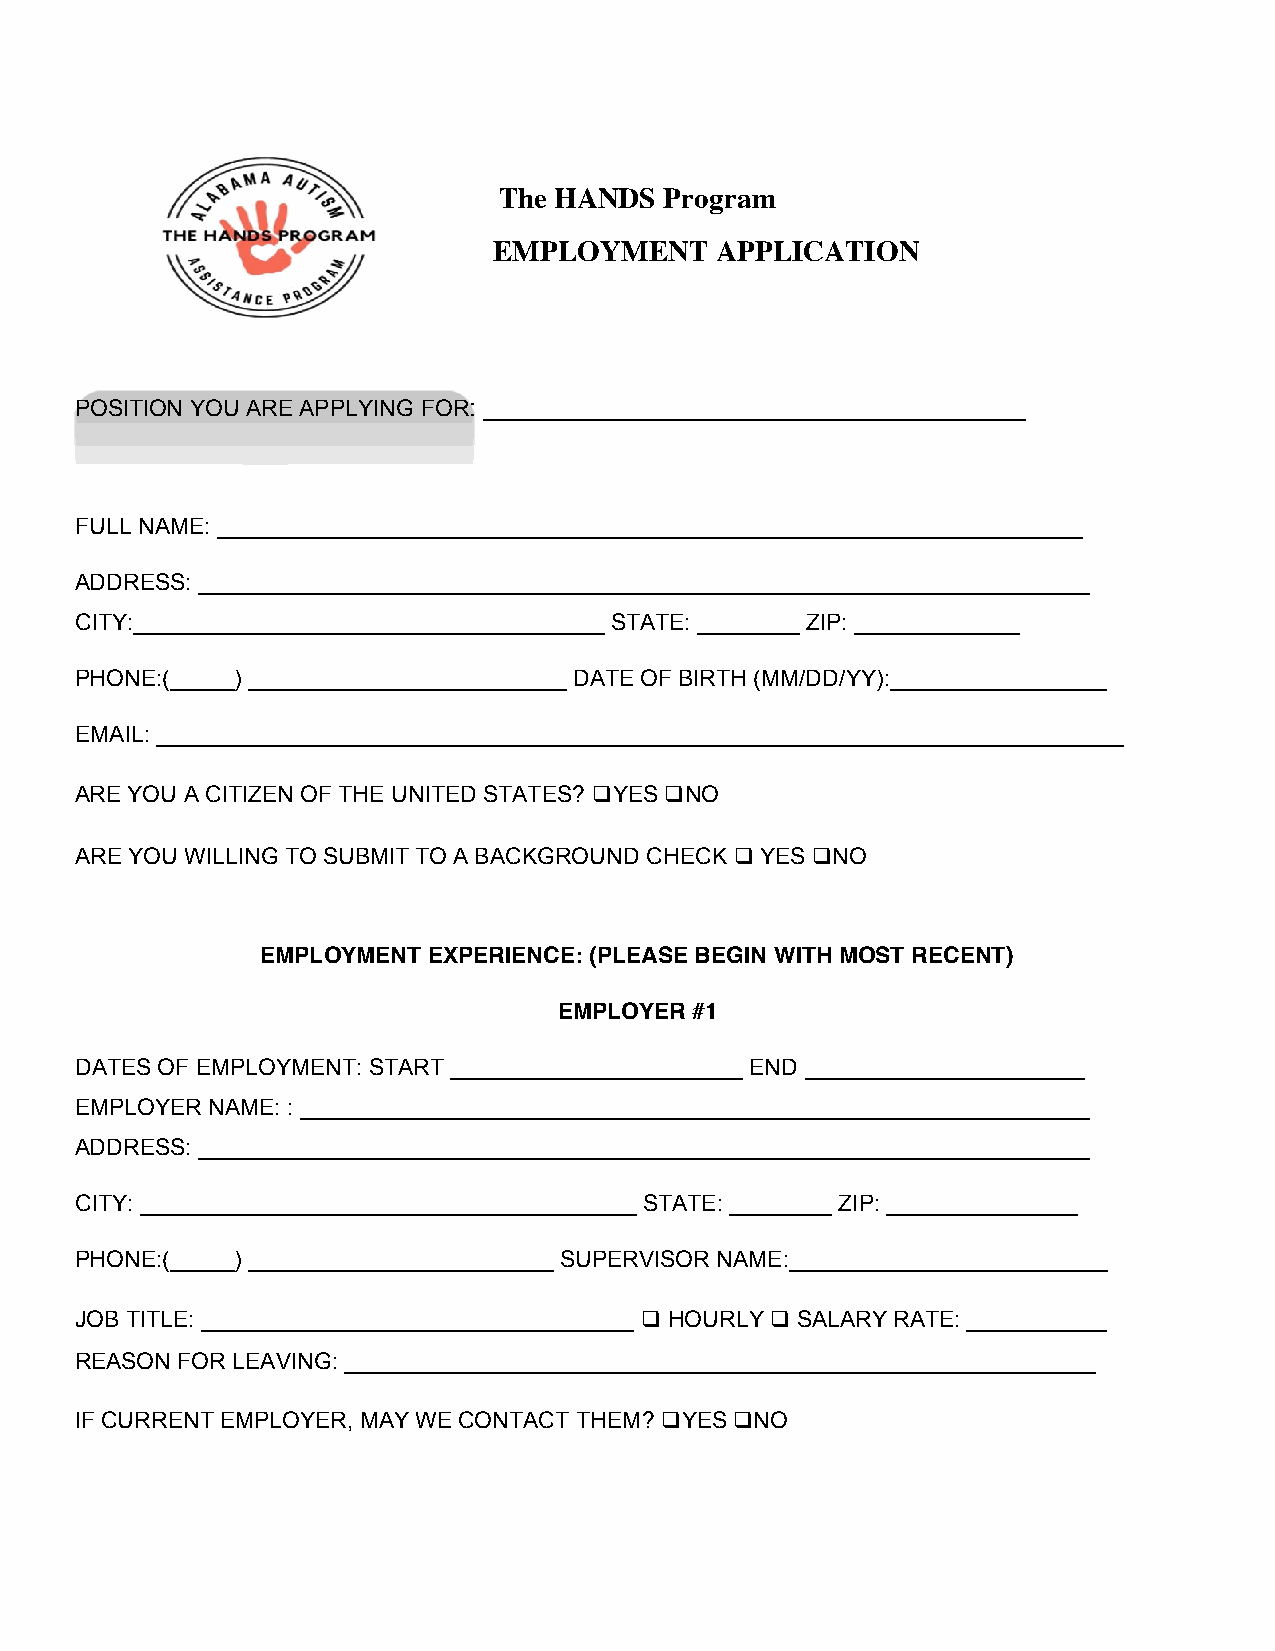
The HANDS  Program
 EMPLOYMENT    APPLICATION
 POSITION YOU ARE APPLYING FOR: _______________________________________
 FULL NAME: ____________________________________________________________________
 ADDRESS: ______________________________________________________________________
 CITY:_____________________________________ STATE: ________ ZIP: _____________
 PHONE:(_____) _________________________ DATE OF BIRTH (MM/DD/YY):_________________
 EMAIL: ____________________________________________________________________________
 ARE YOU A CITIZEN OF THE UNITED STATES? ❑YES ❑NO
 ARE YOU WILLING TO SUBMIT TO A BACKGROUND CHECK ❑ YES ❑NO
 EMPLOYMENT EXPERIENCE: (PLEASE BEGIN WITH MOST RECENT)
 EMPLOYER #1
 DATES OF EMPLOYMENT: START _______________________ END ______________________
 EMPLOYER NAME: : ______________________________________________________________
 ADDRESS: ______________________________________________________________________
 CITY: _______________________________________ STATE: ________ ZIP: _______________
 PHONE:(_____) ________________________ SUPERVISOR NAME:_________________________
 JOB TITLE: __________________________________ ❑ HOURLY ❑ SALARY RATE: ___________
 REASON FOR LEAVING: ___________________________________________________________
 IF CURRENT EMPLOYER, MAY WE CONTACT THEM? ❑YES ❑NO